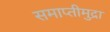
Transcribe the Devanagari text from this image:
समाप्तीमुद्रा